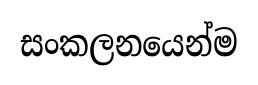
සංකලනයෙන්ම